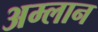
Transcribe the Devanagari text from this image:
अम्लान